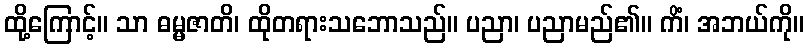
ထို့ကြောင့်။ သာ ဓမ္မဇာတိ၊ ထိုတရားသဘောသည်။ ပညာ၊ ပညာမည်၏။ ကိံ၊ အဘယ်ကို။